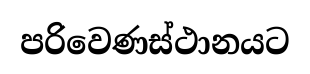
පරිවෙණස්ථානයට